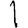
Digit: 1